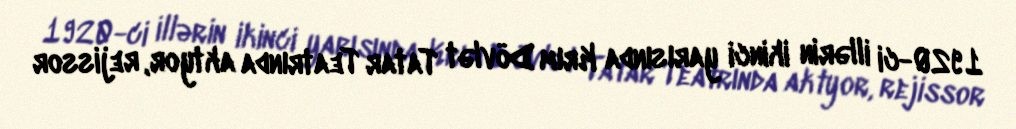
1920-ci illərin ikinci yarısında Krım Dövlət Tatar Teatrında aktyor, rejissor